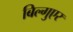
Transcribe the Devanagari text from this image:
बिल्गुएर